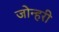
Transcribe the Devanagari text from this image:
जोन्हरी